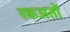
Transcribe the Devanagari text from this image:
रकअतों